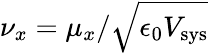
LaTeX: \nu_{x}={\mu_{x}/\sqrt{\epsilon_{0}V_{\mathrm{sys}}}}